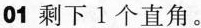
01 剩下1个直角。